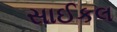
સાઈકલ